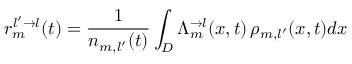
r _ { m } ^ { l ^ { \prime } \rightarrow l } ( t ) = \frac { 1 } { n _ { m , l ^ { \prime } } ( t ) } \int _ { D } \Lambda _ { m } ^ { \rightarrow l } ( x , t ) \, \rho _ { m , l ^ { \prime } } ( x , t ) d x